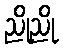
ညိုညို